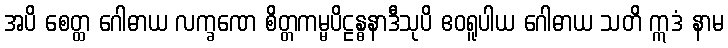
အပိ စေတ္ထ ဂေါဓာယ လက္ခဏေ စိတ္တကမ္မပိဠန္ဓနာဒီသုပိ ဧဝရူပါယ ဂေါဓာယ သတိ ဣဒံ နာမ